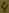
Text: 4